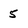
Character: 5